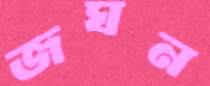
জঘন